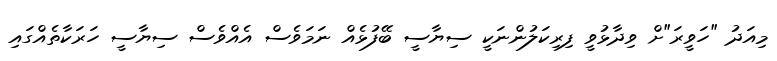
މިއަދު "ހަވީރަ"ށް ވިދާޅުވީ ފިރިކަލުންނަކީ ސިޔާސީ ބޭފުޅެއް ނަމަވެސް އެއްވެސް ސިޔާސީ ހަރަކާތެއްގައި